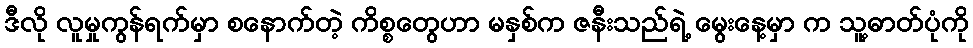
ဒီလို လူမှုကွန်ရက်မှာ စနောက်တဲ့ ကိစ္စတွေဟာ မနှစ်က ဇနီးသည်ရဲ့ မွေးနေ့မှာ က သူ့ဓာတ်ပုံကို